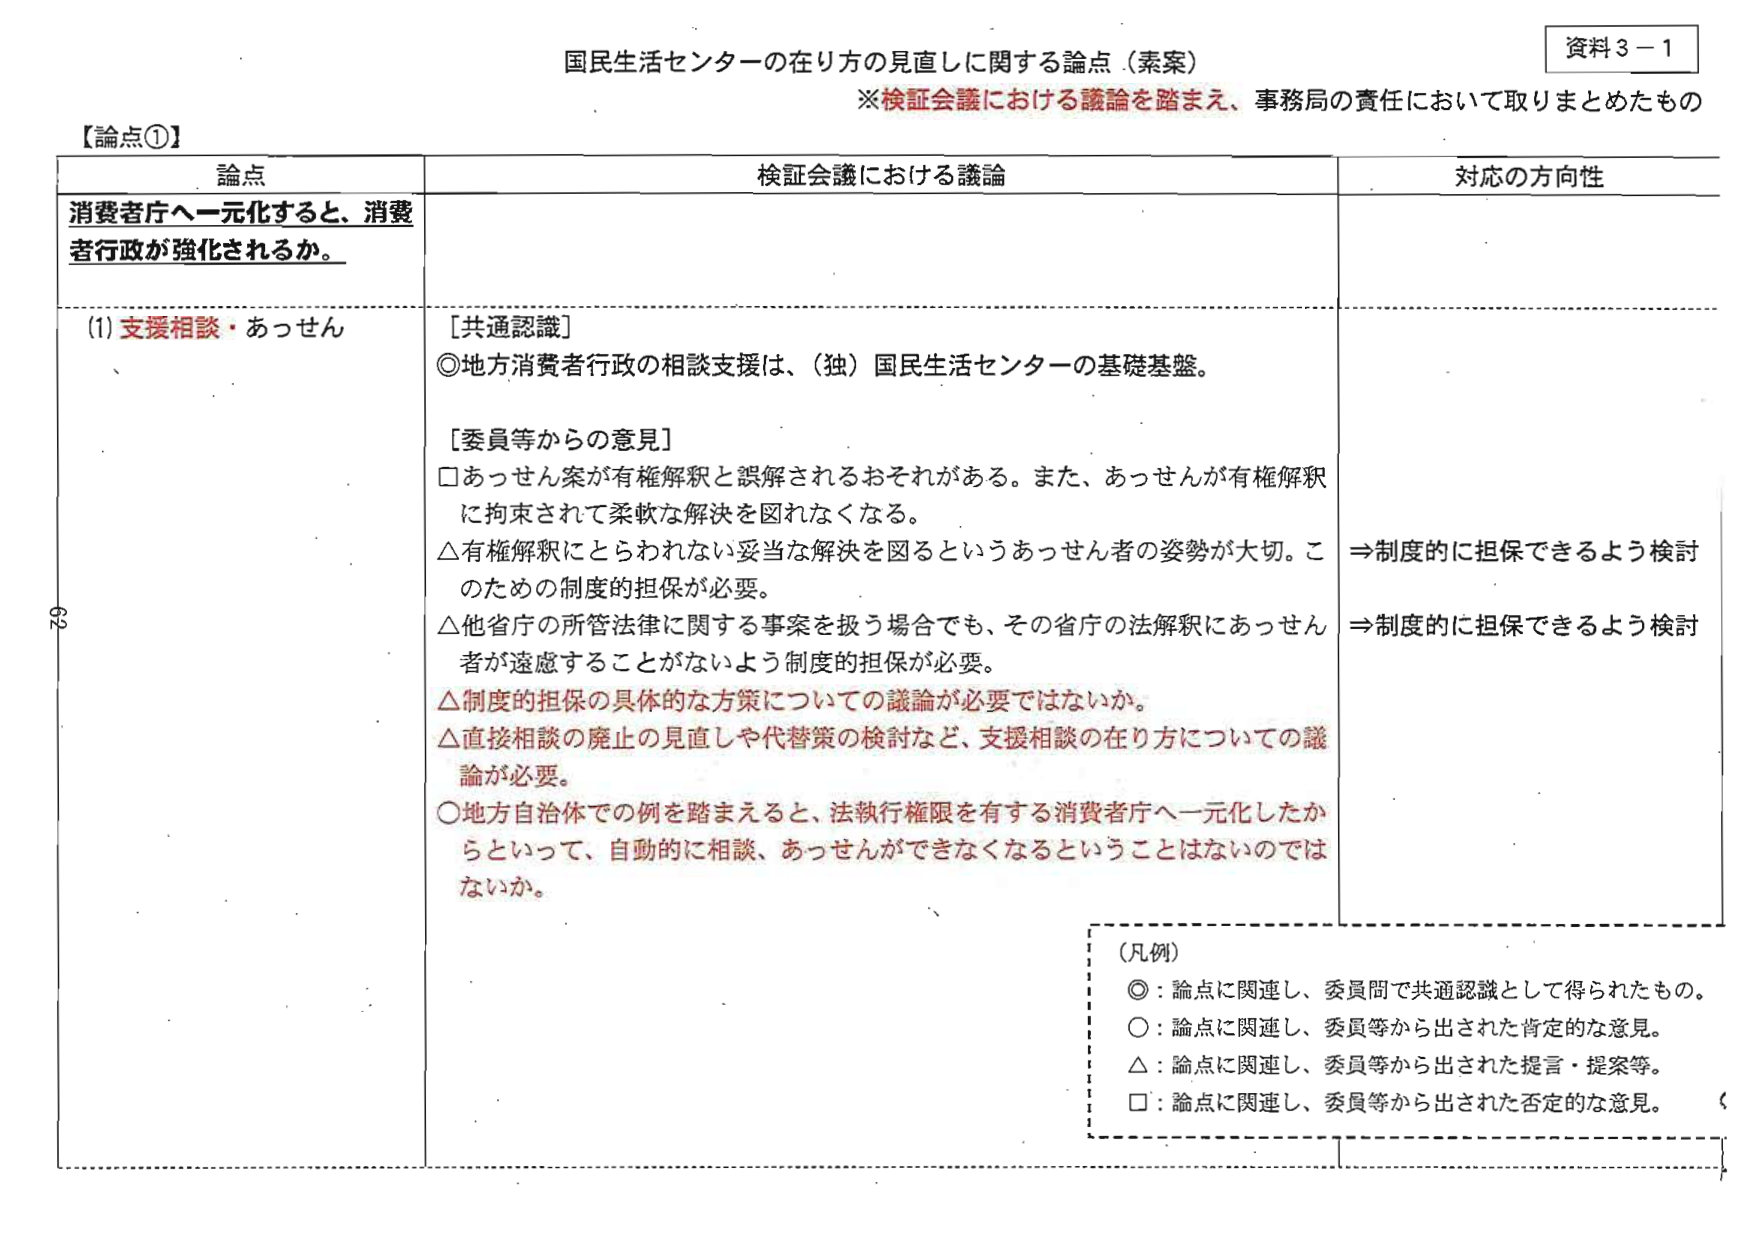
資料３－１
国民生活センターの在り方の見直しに関する論点（素案）
※検証会議における議論を踏まえ、事務局の責任において取りまとめたもの

【論点①】

| 論点 | 検証会議における議論 | 対応の方向性 |
|------|----------------------|--------------|
| 消費者庁へ一元化すると、消費者行政が強化されるか。 | | |
| (1) 支援相談・あっせん | [共通認識] <br>◎地方消費者行政の相談支援は、（独）国民生活センターの基礎基盤。 <br><br>[委員等からの意見] <br>□あっせん案が有権解釈と誤解されるおそれがある。また、あっせんが有権解釈に拘束されて柔軟な解決を図れなくなる。 <br>△有権解釈にとらわれない妥当な解決を図るというあっせん者の姿勢が大切。そのための制度的担保が必要。 <br>△他省庁の所管法律に関する事案を扱う場合でも、その省庁の法解釈にあっせん者が遠慮することがないよう制度的担保が必要。 <br>△制度的担保の具体的な方策についての議論が必要ではないか。 <br>△直接相談の廃止の見直しや代替策の検討など、支援相談の在り方についての議論が必要。 <br>○地方自治体での例を踏まえると、法執行権限を有する消費者庁へ一元化したからといって、自動的に相談、あっせんができなくなるということはないのではないか。 | ⇒制度的に担保できるよう検討 <br>⇒制度的に担保できるよう検討 |

（凡例）
◎：論点に関連し、委員間で共通認識として得られたもの。
○：論点に関連し、委員等から出された肯定的な意見。
△：論点に関連し、委員等から出された提言・提案等。
□：論点に関連し、委員等から出された否定的な意見。

62